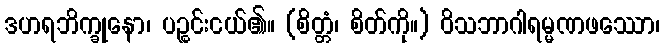
ဒဟရဘိက္ခုနော၊ ပဉ္စင်းငယ်၏။ (စိတ္တံ၊ စိတ်ကို။) ဝိသဘာဂါရမ္မဏဖဿော၊